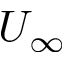
U _ { \infty }